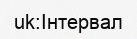
uk:Інтервал